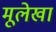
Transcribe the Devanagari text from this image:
मूलेखां